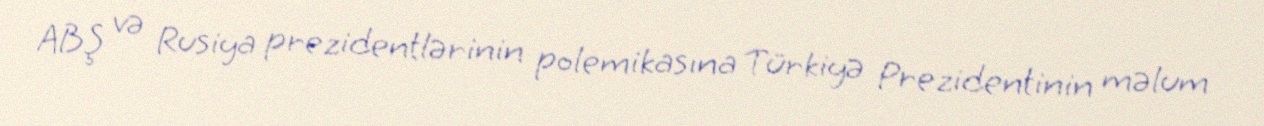
ABŞ və Rusiya prezidentlərinin polemikasına Türkiyə Prezidentinin məlum